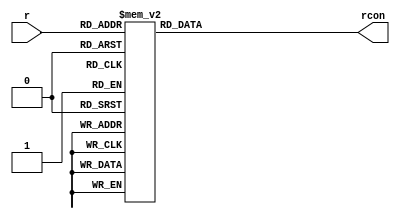
/*
*
* 
* Description: r_con Lookup table used in AES encryption/Decryption.
* Language: Verilog
*
*/

module rcon(
input [3:0] r,
output reg [31:0] rcon // output reg [3:0]  rcon [7:0] // can't do that ._. 
);

always @(*)
 case(r)
    4'h1: rcon=32'h01000000;
    4'h2: rcon=32'h02000000;
    4'h3: rcon=32'h04000000;
    4'h4: rcon=32'h08000000;
    4'h5: rcon=32'h10000000;
    4'h6: rcon=32'h20000000;
    4'h7: rcon=32'h40000000;
    4'h8: rcon=32'h80000000;
    4'h9: rcon=32'h1b000000;
    4'ha: rcon=32'h36000000;
    default: rcon=32'h00000000;
  endcase
endmodule